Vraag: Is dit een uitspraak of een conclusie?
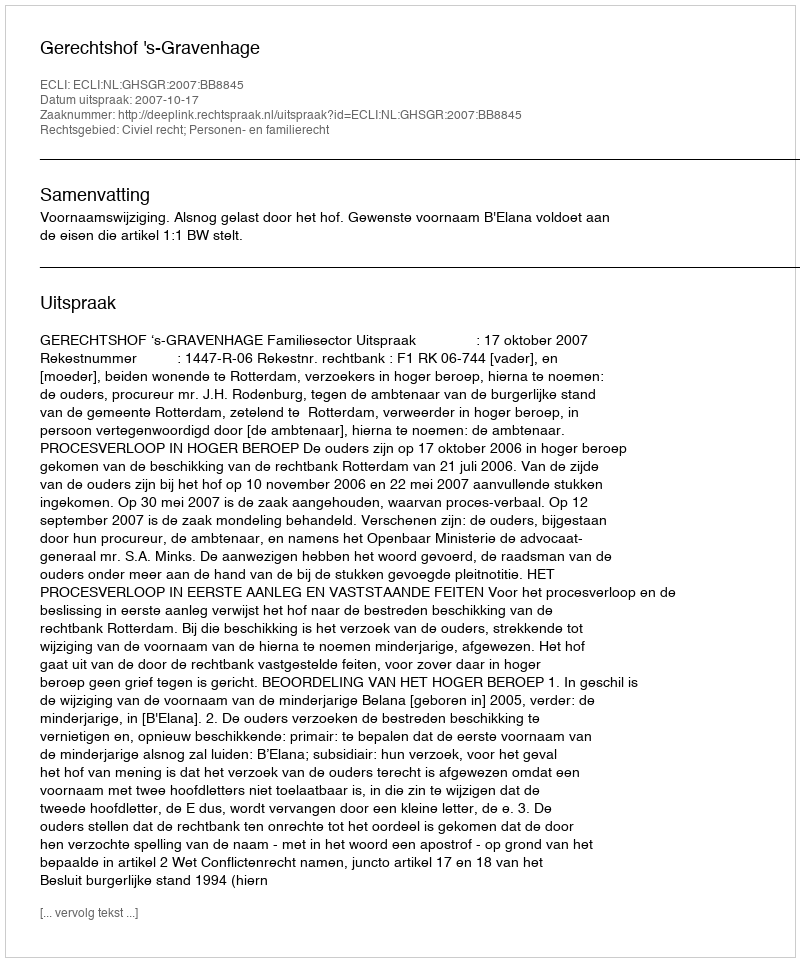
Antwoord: Uitspraak